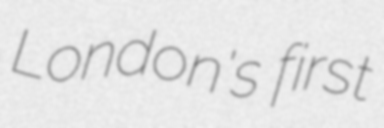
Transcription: London's first